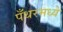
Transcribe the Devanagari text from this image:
पँथरमध्ये